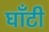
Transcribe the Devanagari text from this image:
घाँटी